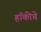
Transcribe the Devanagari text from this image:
हाॅकीचे